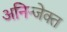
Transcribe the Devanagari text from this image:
अनिन्जेक्त